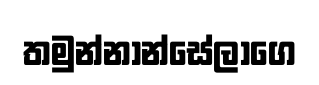
තමුන්නාන්සේලාගෙ